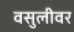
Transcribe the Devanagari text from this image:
वसुलीवर